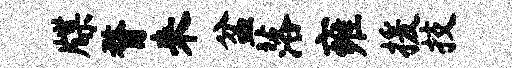
牒瞀来盆落雍援技